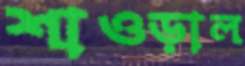
শাওড়াল